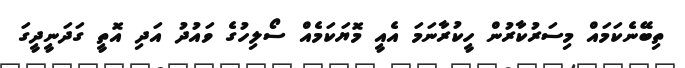
ތިބޭނެކަމައް މިސަރުކާރުން ހީކުރާނަމަ އެއީ މޮޔަކަމެއް ސޯލިހުގެ ވައުދު އަދި އޮތީ ގަދަނީދީގަ